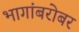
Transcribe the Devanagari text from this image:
भागांबरोबर